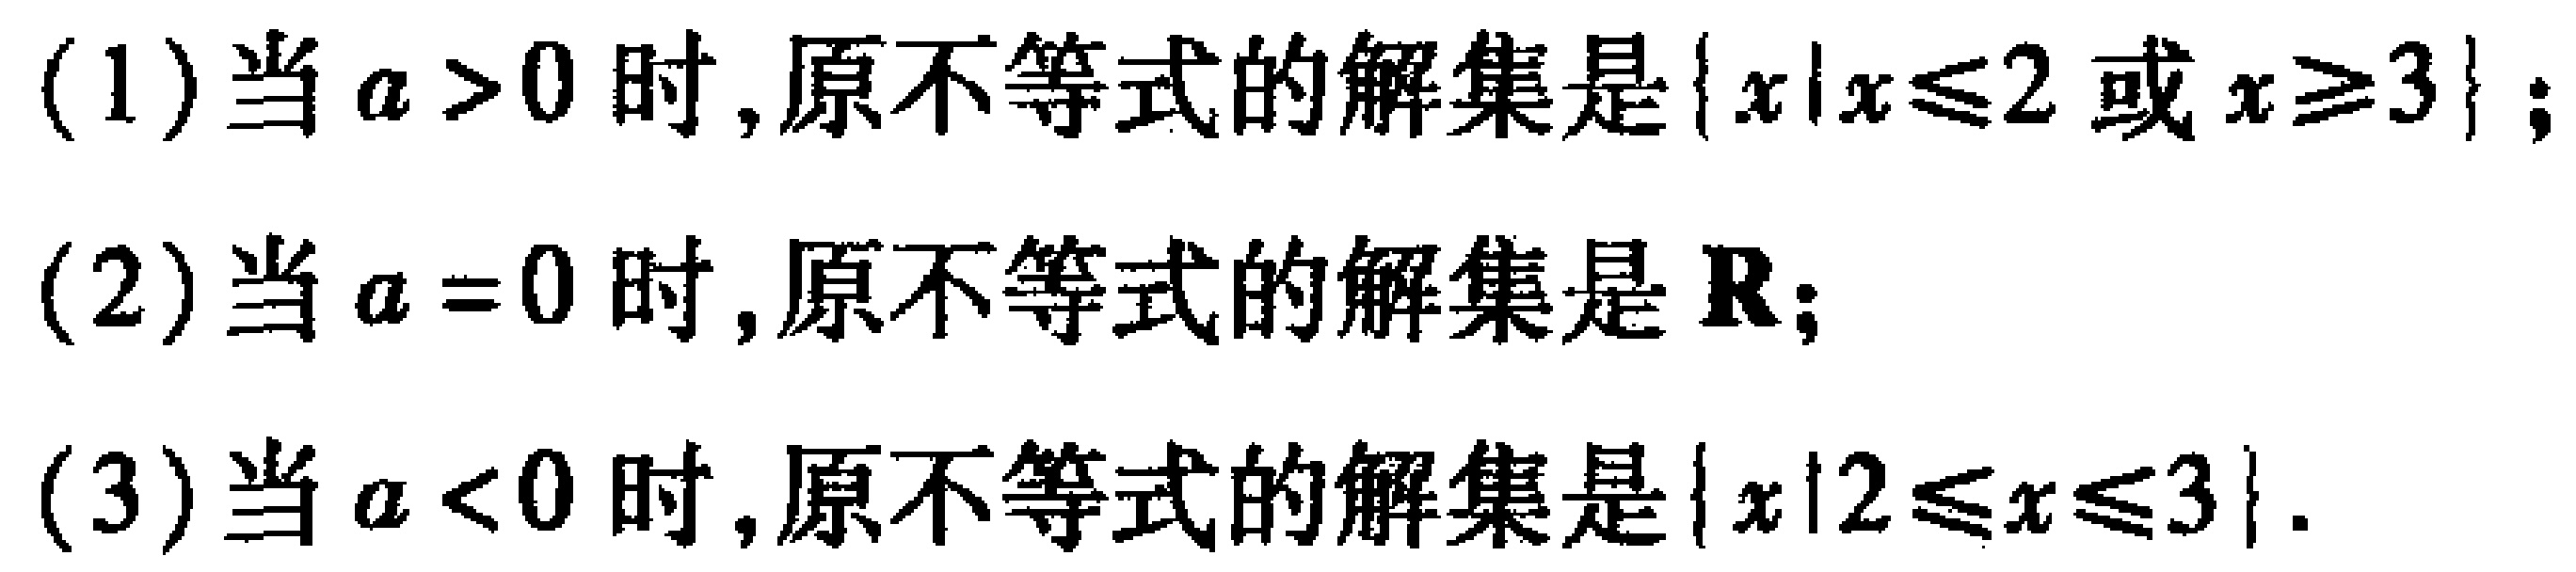
(1) 当 \(a > 0\) 时, 原不等式的解集是 \(\{x|x\leqslant 2\) 或 \(x\geqslant 3\}\);

(2) 当 \(a = 0\) 时, 原不等式的解集是 \(\mathbb{R}\);

(3) 当 \(a < 0\) 时, 原不等式的解集是 \(\{x|2\leqslant x\leqslant 3\}\).